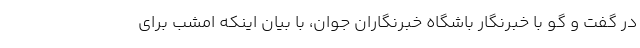
در گفت و گو با خبرنگار باشگاه خبرنگاران جوان، با بیان اینکه امشب برای